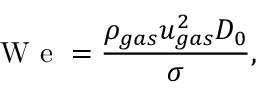
\mathrm { ~ W ~ e ~ } = \frac { \rho _ { g a s } u _ { g a s } ^ { 2 } D _ { 0 } } { \sigma } ,